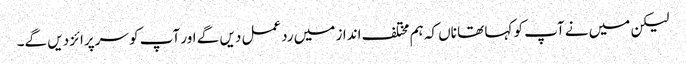
لیکن میں نے آپ کو کہا تھا ناں کہ ہم مختلف انداز میں ردعمل دیں گے اور آپ کو سرپرائز دیں گے۔